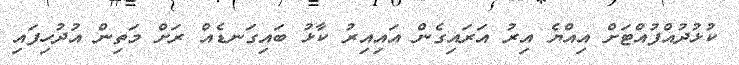
ކުޅުދުއްފުއްޓަށް އިއްޔެ އިރު އަރައިގެން އައިއިރު ކާޅު ބައިގަނޑެއް ރަށް މަތިން އުދުހިފައި